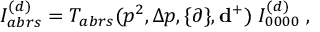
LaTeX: I _ { a b r s } ^ { ( d ) } = T _ { a b r s } ( p ^ { 2 } , \Delta p , \{ \partial \} , { \bf d ^ { + } } ) \; I _ { 0 0 0 0 } ^ { ( d ) } \; ,